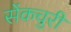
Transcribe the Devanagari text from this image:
सेंकचुरी